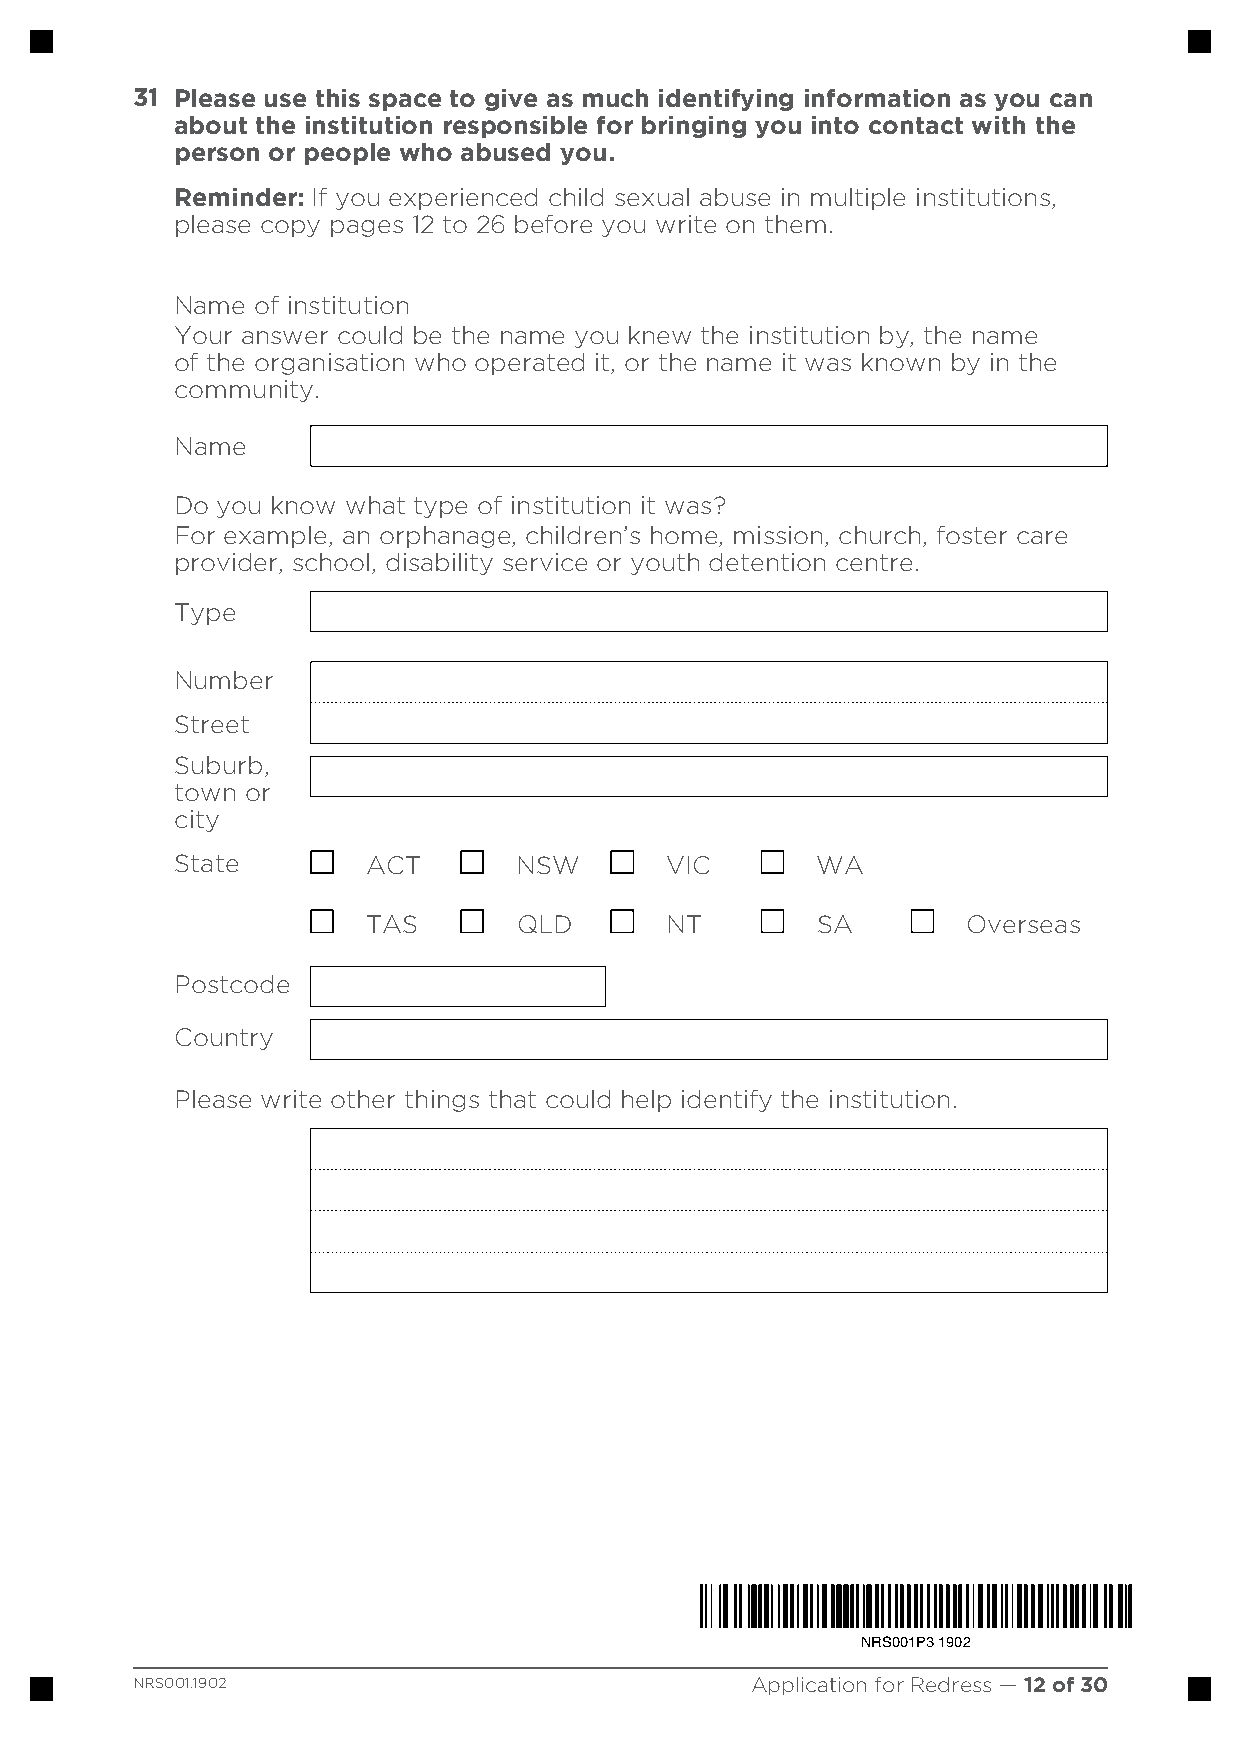
31 Please use this space to give as much identifying information as you can
 about the institution responsible for bringing you into contact with the
 person or people who abused you.
 Reminder: If you experienced child sexual abuse in multiple institutions,
 please copy pages 12 to 26 before you write on them.
 Name of institution
 Your answer could be the name you knew the institution by, the name
 of the organisation who operated it, or the name it was known by in the
 community.
 Name
 Do you know what type of institution it was?
 For example, an orphanage, children’s home, mission, church, foster care
 provider, school, disability service or youth detention centre.
 Type
 Number
 Street
 Suburb,
 town or
 city
 State       ACT       NSW       VIC       WA
 TAS       QLD       NT        SA        Overseas
 Postcode
 Country
 Please write other things that could help identify the institution.
 NRS001P3 1902
 NRS001.1902                              Application for Redress — 12 of 30